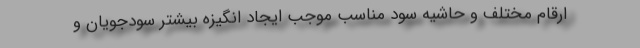
ارقام مختلف و حاشیه سود مناسب موجب ایجاد انگیزه بیشتر سودجویان و